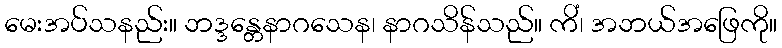
မေးအပ်သနည်း။ ဘဒ္ဒန္တေနာဂသေန၊ နာဂသိန်သည်။ ကိံ၊ အဘယ်အဖြေကို။